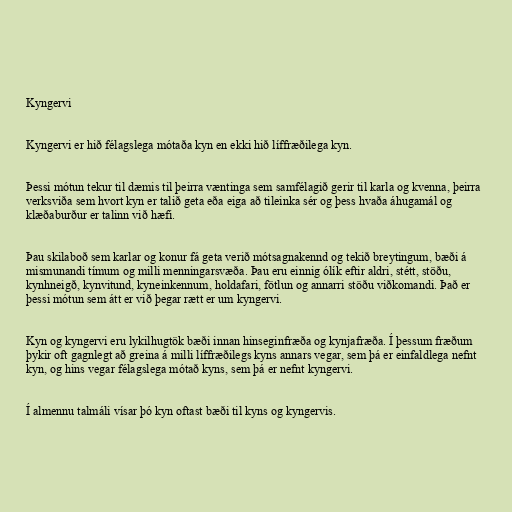
Kyngervi

Kyngervi er hið félagslega mótaða kyn en ekki hið líffræðilega kyn.

Þessi mótun tekur til dæmis til þeirra væntinga sem samfélagið gerir til karla og kvenna, þeirra
verksviða sem hvort kyn er talið geta eða eiga að tileinka sér og þess hvaða áhugamál og
klæðaburður er talinn við hæfi.

Þau skilaboð sem karlar og konur fá geta verið mótsagnakennd og tekið breytingum, bæði á
mismunandi tímum og milli menningarsvæða. Þau eru einnig ólík eftir aldri, stétt, stöðu,
kynhneigð, kynvitund, kyneinkennum, holdafari, fötlun og annarri stöðu viðkomandi. Það er
þessi mótun sem átt er við þegar rætt er um kyngervi.

Kyn og kyngervi eru lykilhugtök bæði innan hinseginfræða og kynjafræða. Í þessum fræðum
þykir oft gagnlegt að greina á milli líffræðilegs kyns annars vegar, sem þá er einfaldlega nefnt
kyn, og hins vegar félagslega mótað kyns, sem þá er nefnt kyngervi.

Í almennu talmáli vísar þó kyn oftast bæði til kyns og kyngervis.